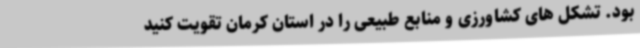
بود. تشکل های کشاورزی و منابع طبیعی را در استان کرمان تقویت کنید